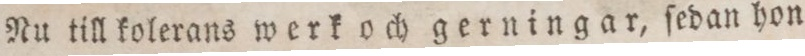
Nu till kolerans werk och gerningar, ſedan hon